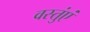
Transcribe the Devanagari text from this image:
वस्तुंएं